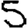
Digit: 5